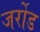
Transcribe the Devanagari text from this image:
जर्रोड